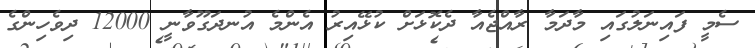
ސެމީ ފައިނަލުގައި މާދަމާ ރާއްޖެއާ ދެކޮޅަށް ކުޅޭއިރު އެންމެ އުނދަގޫވާނީ 12000 ދިވެހިންގެ